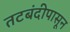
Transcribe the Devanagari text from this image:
तटबंदीपासून